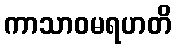
ကာသာဝမရဟတိ